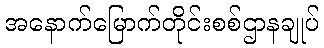
အနောက်မြောက်တိုင်းစစ်ဌာနချုပ်